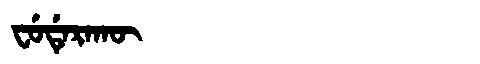
Manchu: ᠸᡠᡩᡝᡵᠠᡴᡡ
Romanization: FUDERAKŪ